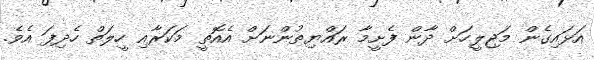
އަޅައިގެން މަޖިލީހަށް ދާން ފެށީމާ ރައްޔިތުންނަށް އެއޮތީ މަކަރާއި ހީލަތް ހެދިފަ އެވެ.